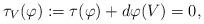
LaTeX: \begin{align*}\tau_V(\varphi):=\tau(\varphi)+d\varphi(V)=0,\end{align*}